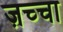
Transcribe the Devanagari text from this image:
ज़च्चा